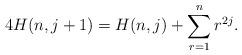
LaTeX: \begin{align*}4 H(n,j+1) = H(n,j) + \sum_{r=1}^{n} r^{2j}.\end{align*}